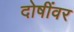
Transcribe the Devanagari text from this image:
दोषींवर